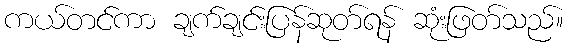
ကယ်တင်ကာ ချက်ချင်းပြန်ဆုတ်ရန် ဆုံးဖြတ်သည်။